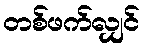
တစ်ဖက်လျှင်